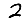
Digit: 2